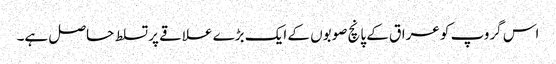
اس گروپ کو عراق کے پانچ صوبوں کے ایک بڑے علاقے پر تسلط حاصل ہے۔